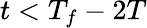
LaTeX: t<T_{f}-2T